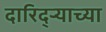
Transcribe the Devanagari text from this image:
दारिद्‌र्‍याच्या